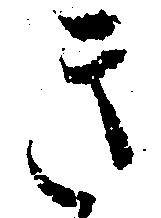
き